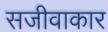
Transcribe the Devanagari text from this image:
सजीवाकार